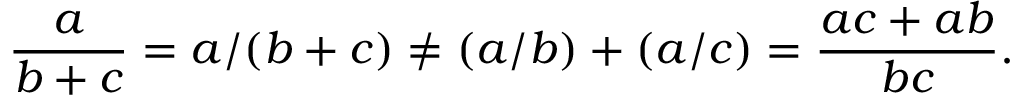
{ \frac { a } { b + c } } = a / ( b + c ) \neq ( a / b ) + ( a / c ) = { \frac { a c + a b } { b c } } .